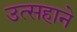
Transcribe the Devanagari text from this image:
उत्सहाने